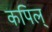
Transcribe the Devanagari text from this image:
कपिल्